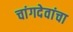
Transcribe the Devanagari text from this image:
चांगदेवांचा